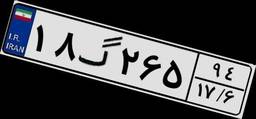
۱۸گ۲۶۵۹۴